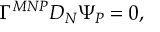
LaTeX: \Gamma ^ { M N P } D _ { N } \Psi _ { P } = 0 ,